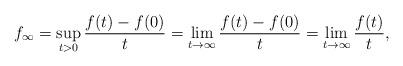
LaTeX: \begin{align*}f_{\infty}=\sup_{t>0} \frac{f(t)-f(0)}{t}=\lim_{t \to \infty} \frac{f(t)-f(0)}{t}=\lim_{t\to\infty}\frac{f(t)}{t},\end{align*}